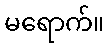
မရောက်။